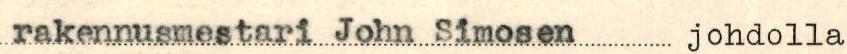
rakennusmestari John Simosen johdolla